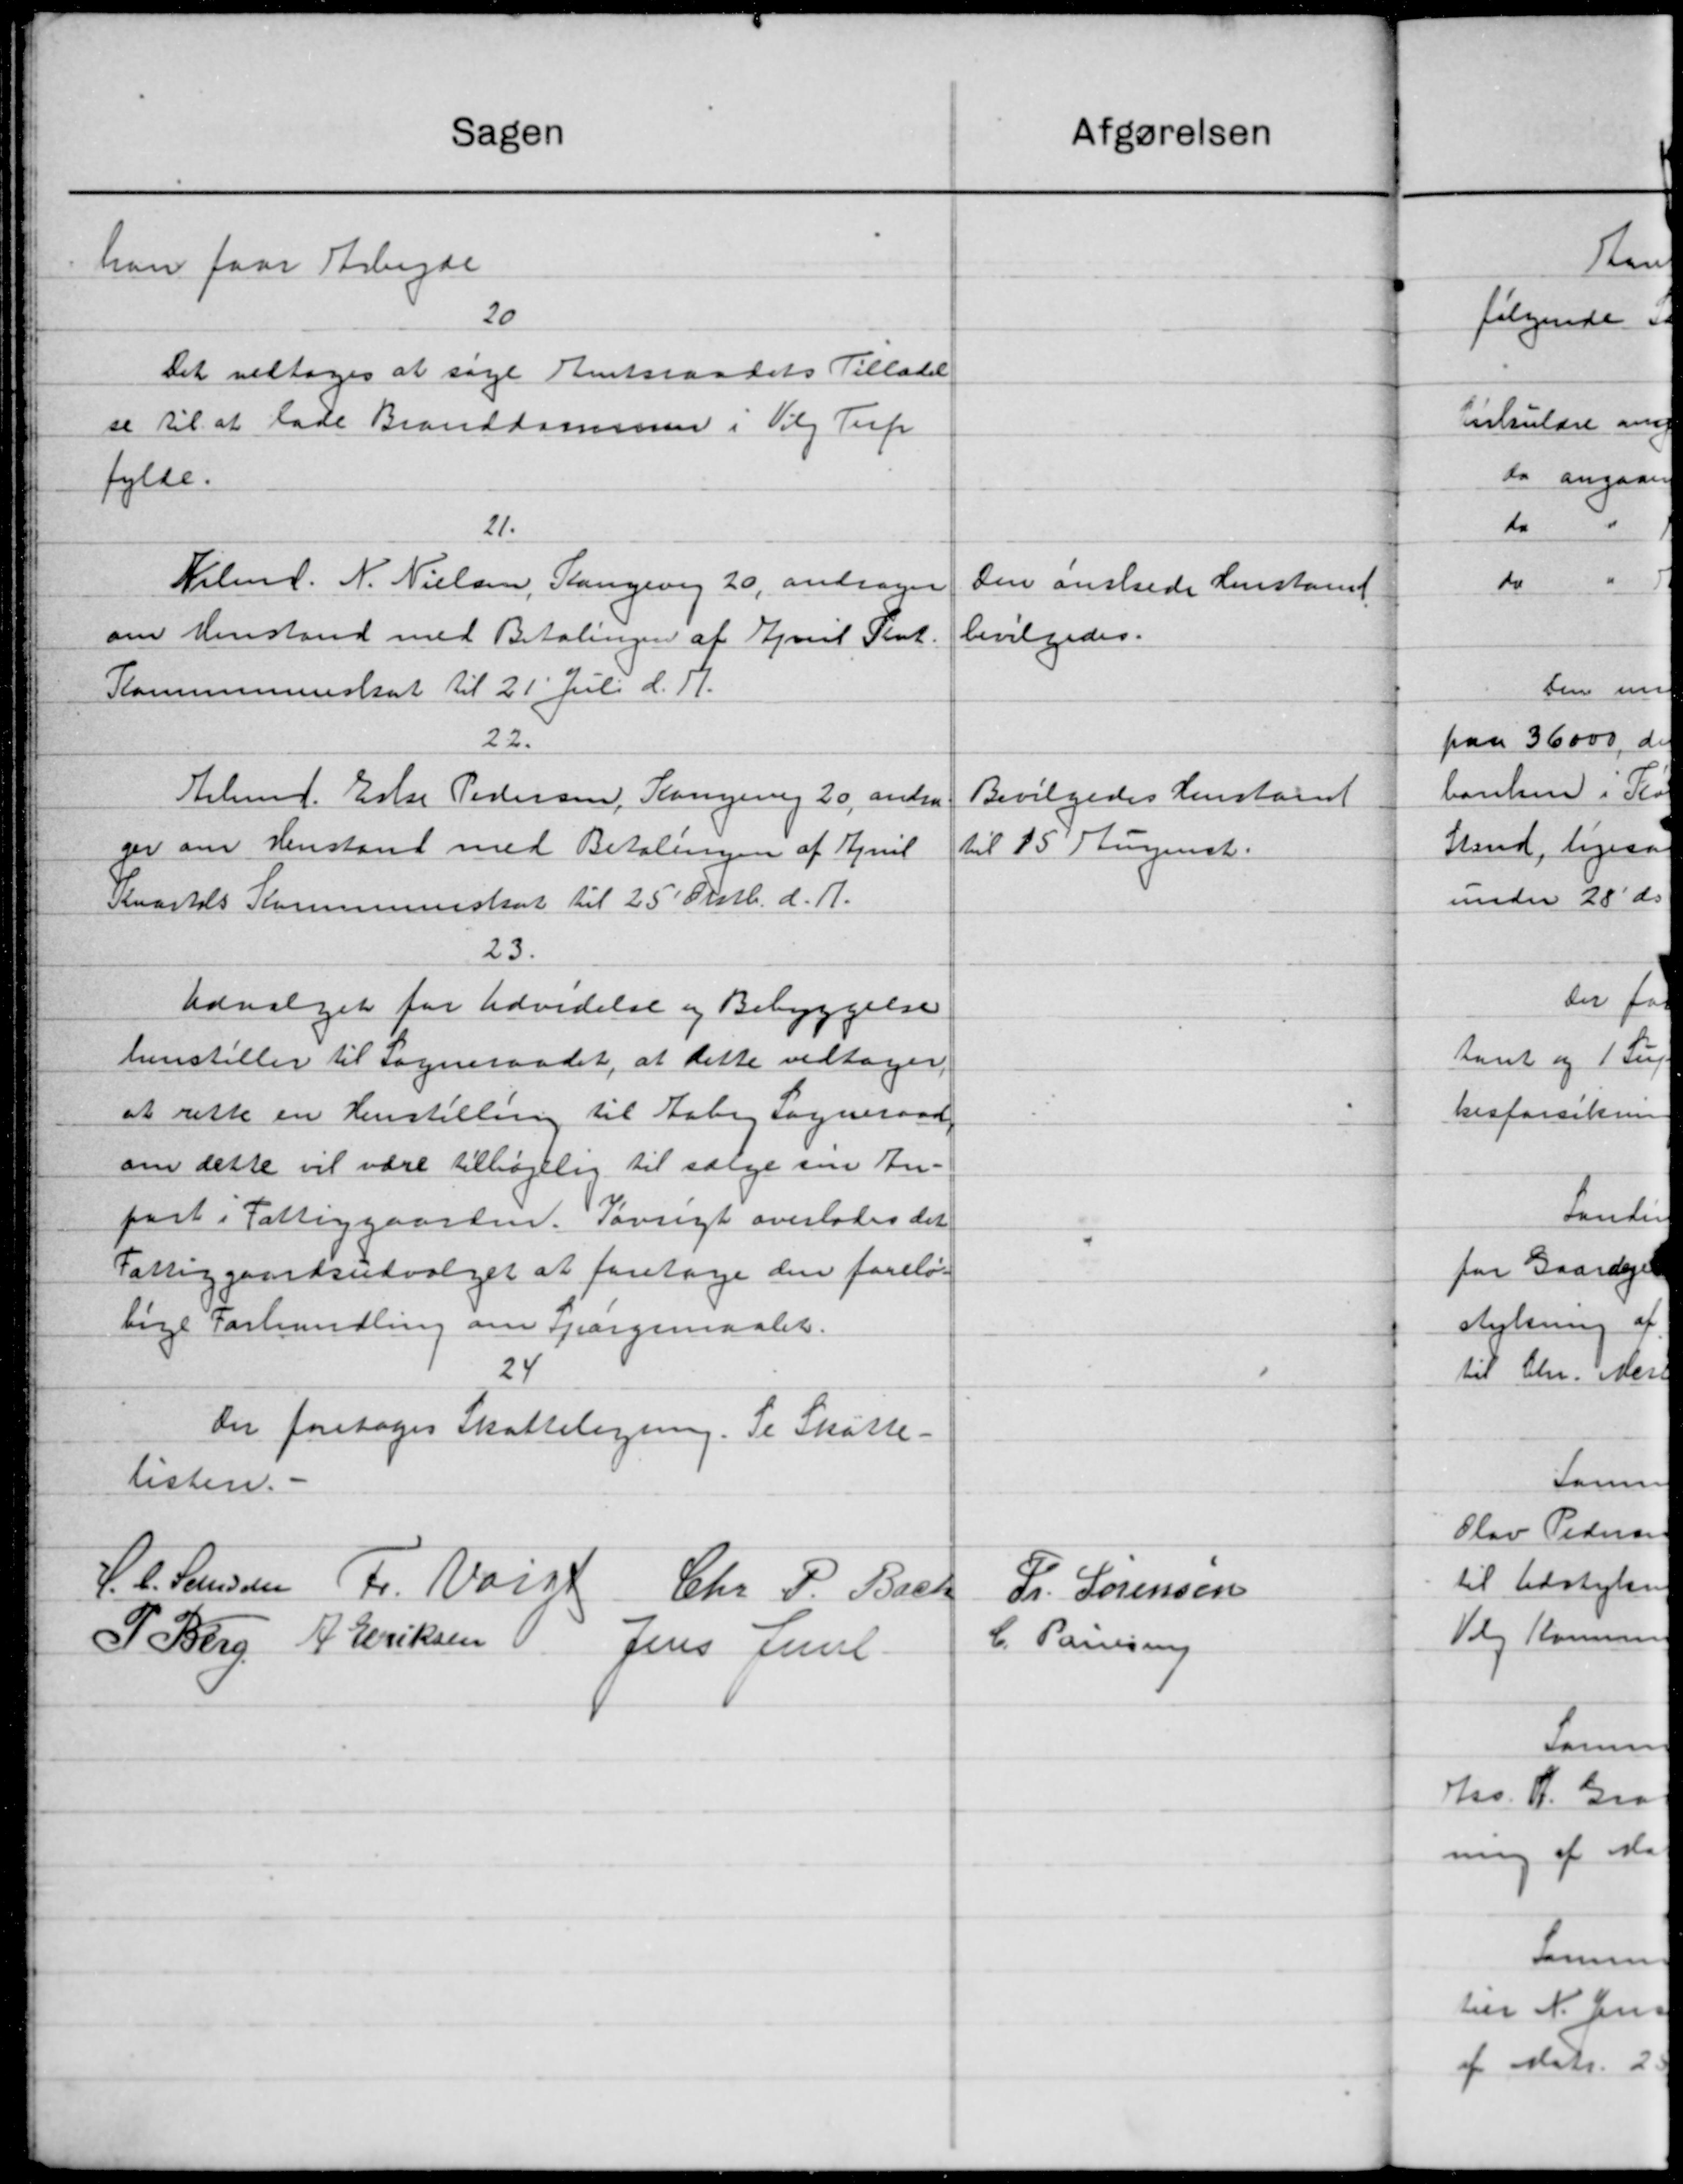
Transskription:
Sagen
han faar Arbejde
20
Det vedtoges at søge Amtsraadets Tilladel
se til at lade Branddammen i Valg Terp
fylde.
21.
Kilmd. N. Nielsen, Slangevej 20, andrager
om Henstand med Betalingen af April Pent.
Kommunenskat til 21' Juli d. 17.
22.
Aelsmd. Eske Pedersen, Kamperup 20, andra
ger om Henstand med Betalingen af April
Kvartals Kommuneskat til 25 Oktb. d. A.
23.
Udvalget for Udvidelse og Bebyggelse
henstiller til Sogneraadet, at dette vedtages,
at rette en Henstilling til Aaberg Sogneraad
om dette vil være tilbøjelig til sælge sin An-
fast i Fattiggaarden. Iøvrigt overlades det
Fattiggaardsudvalget at foretage den forelø-
lige Forhandling om Spørgsmaalet.
24
Der foretoges Skatteligning. Se Skatte-
listen. -
S. C. Larsen Fr. Vars Chr. P. Bach
P. Berg A. Eriksen Jens Al